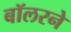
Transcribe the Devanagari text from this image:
बॉलरने